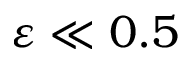
\varepsilon \ll 0 . 5